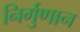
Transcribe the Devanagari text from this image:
निर्गुणान